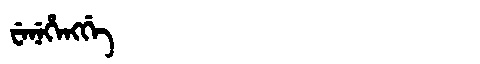
Manchu: ᠸᡝᠨᡝᡥᡝᠩᡤᡝ
Romanization: WENEHENGGE